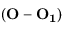
( \mathbf { O } - \mathbf { O _ { 1 } } )